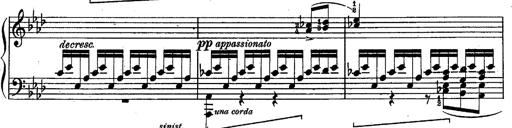
Title: Schubert's Impromptus [revised and edited by Franz Liszt]
Composer: Franz Liszt